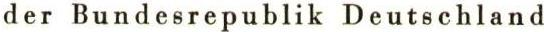
der Bundesrepublik Deutschland